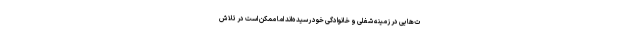
ت‌هایی در زمینه شغلی و خانوادگی خود رسیده‌اند اما ممکن است در تلاش